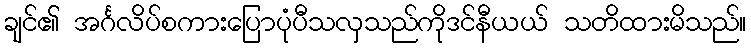
ချင်၏ အင်္ဂလိပ်စကားပြောပုံပီသလှသည်ကိုဒင်နီယယ် သတိထားမိသည်။